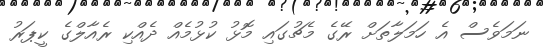
ނަމަވެސް އެ ހަމަލާތަށް ރޭގެ މެޗުގައި މޮޅު ކުޅުމެއް ދެއްކި ރެއާލްގެ ކީޕަރު